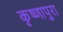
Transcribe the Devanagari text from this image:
कृष्णापुरा